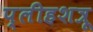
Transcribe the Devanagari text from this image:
प्लीहशत्रू